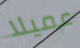
عميلا